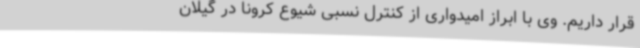
قرار داریم. وی با ابراز امیدواری از کنترل نسبی شیوع کرونا در گیلان